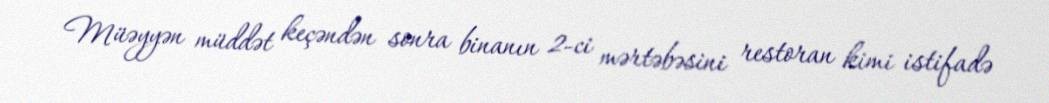
Müəyyən müddət keçəndən sonra binanın 2-ci mərtəbəsini restoran kimi istifadə